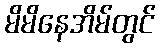
မိမိနေအိမ်တွင်